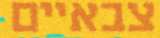
צבאיים